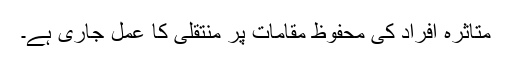
متاثرہ افراد کی محفوظ مقامات پر منتقلی کا عمل جاری ہے۔